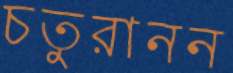
চতুরানন